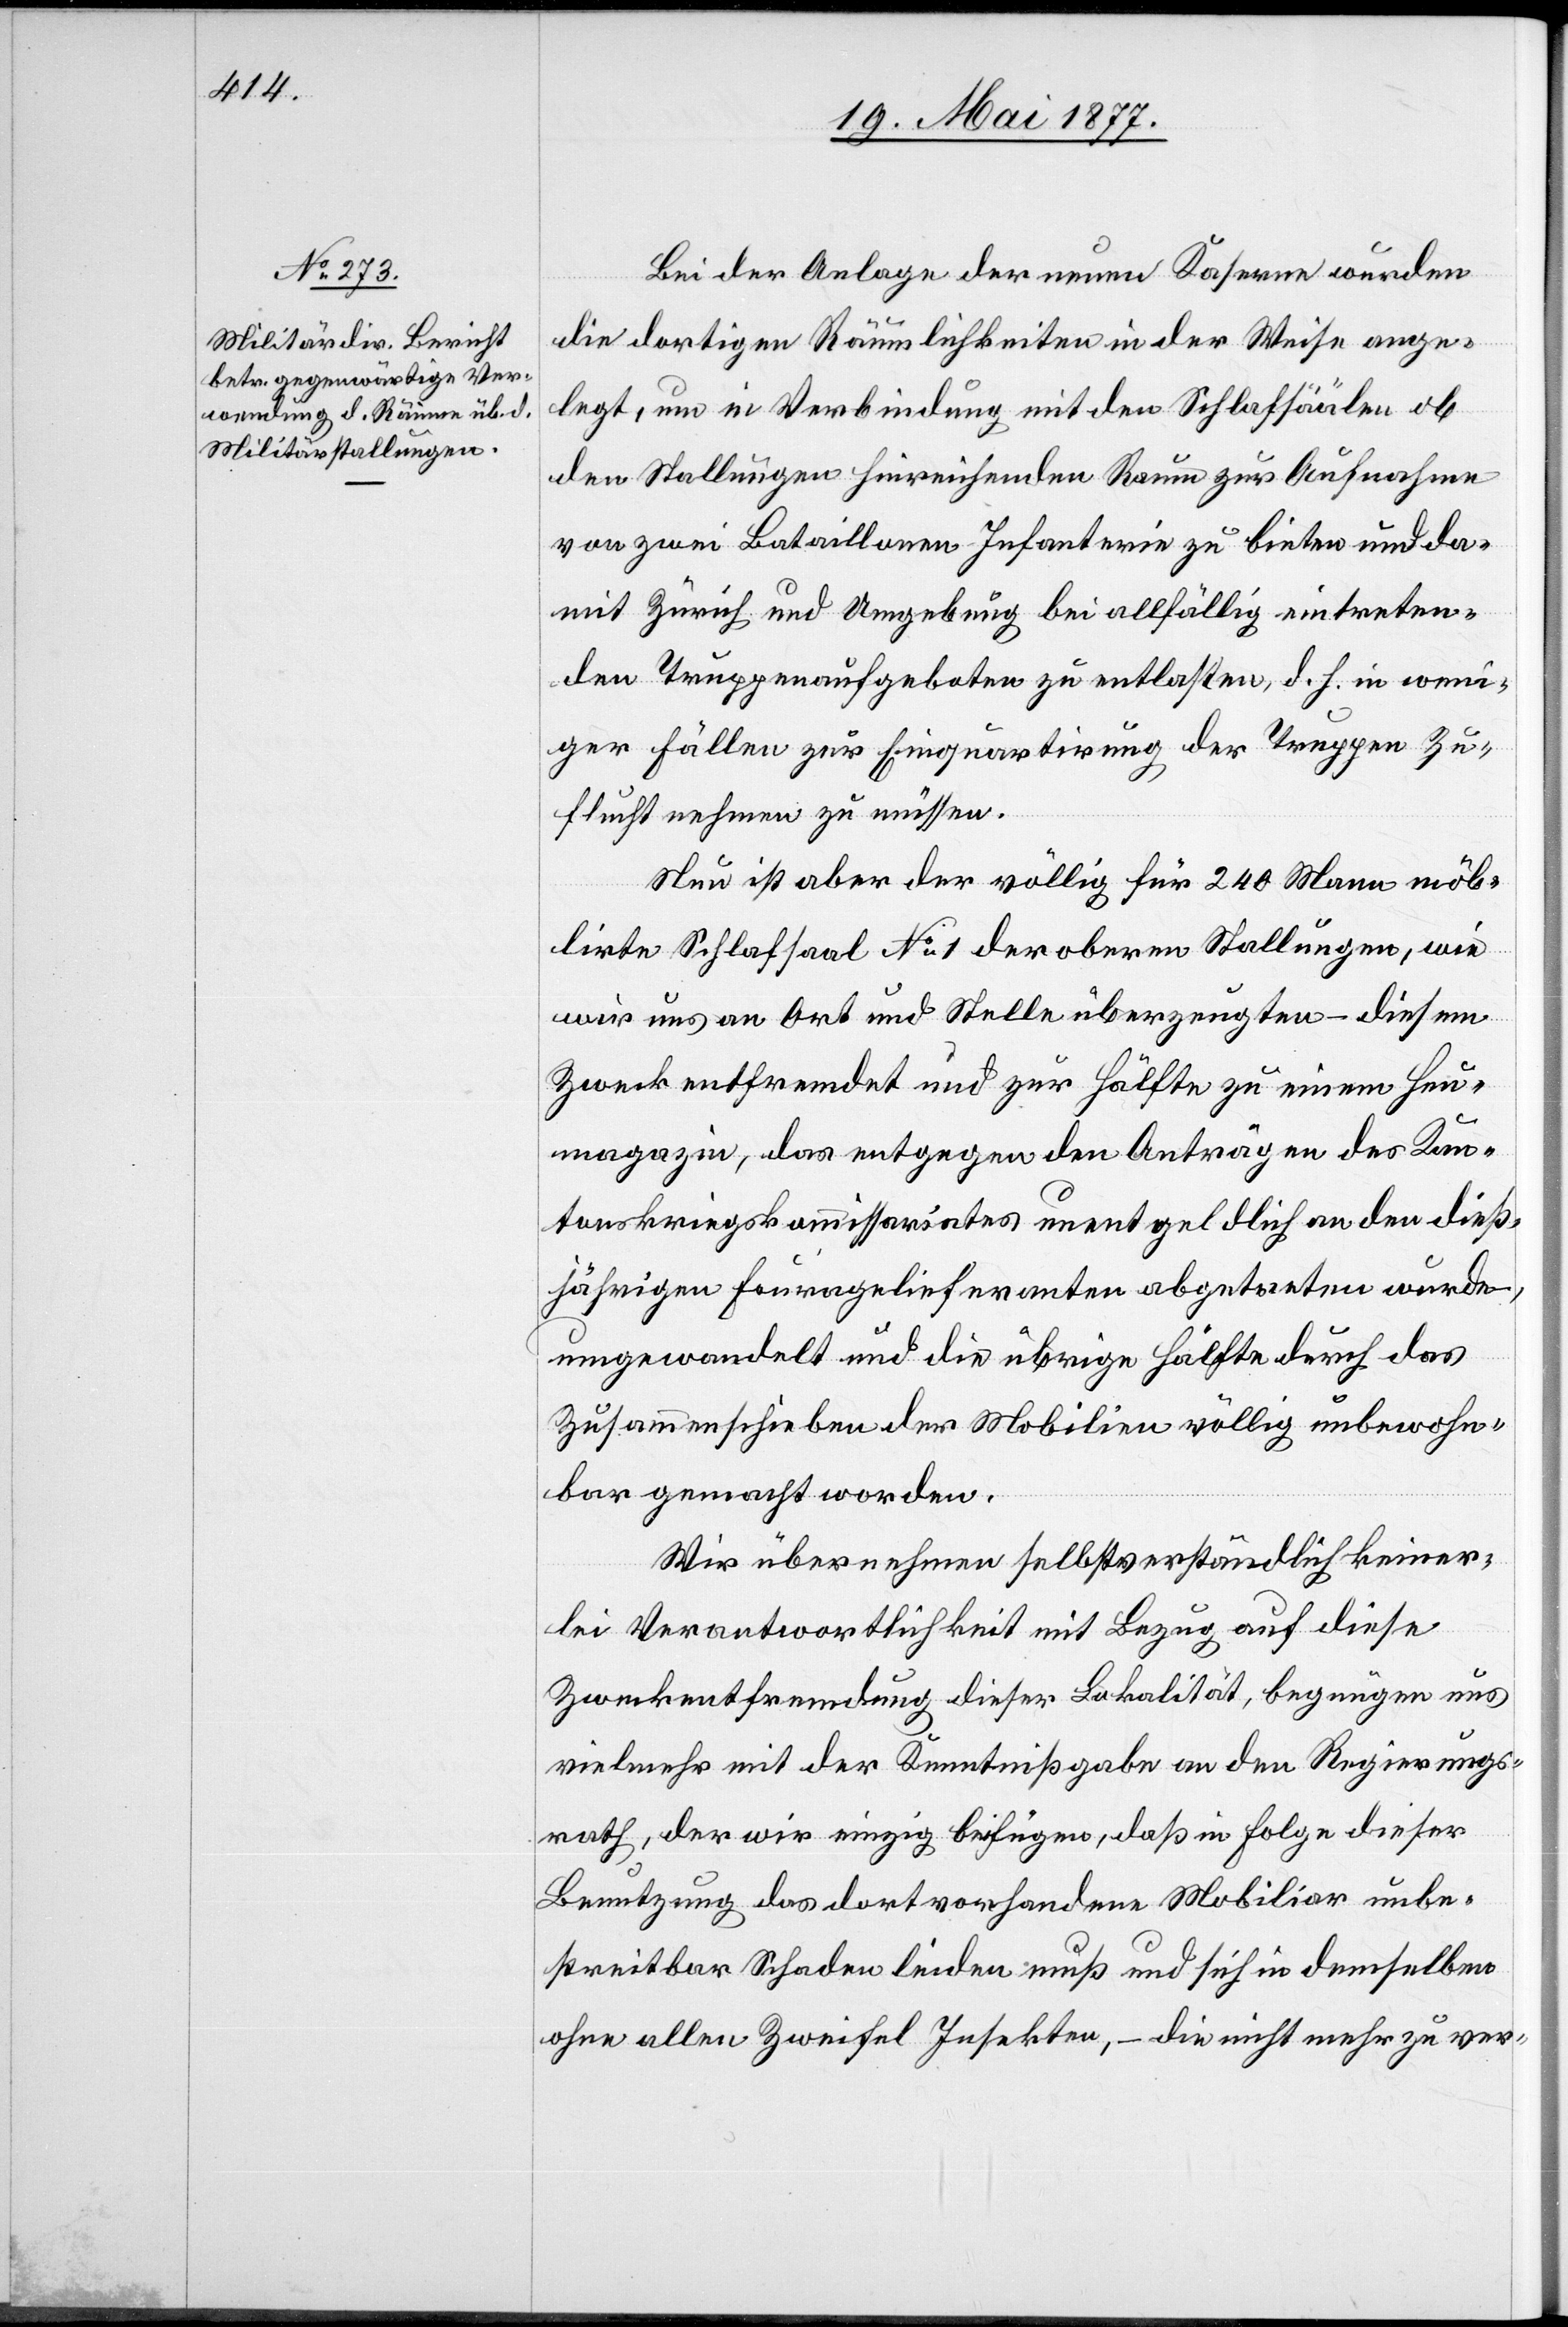
Bei der Anlage der neuen Kaserne wurden
die dortigen Räumlichkeiten in der Weise ange¬
legt, um in Verbindung mit den Schlafsäälen ob
den Stallungen hinreichenden Raum zur Aufnahme
von zwei Bataillonen Infanterie zu bieten und da¬
mit Zürich und Umgebung bei allfällig eintreten¬
den Truppenaufgeboten zu entlasten, d. h. in weni¬
ger Fällen zur Einquartirung der Truppen Zu¬
flucht nehmen zu müssen.
Nun ist aber der völlig für 240 Mann möb¬
lirte Schlafsaal No 1 der obern Stallungen, wie
wir uns an Ort und Stelle überzeugten – diesem
Zweck entfremdet und zur Hälfte zu einem Heu¬
magazin, das entgegen den Anträgen des Kan¬
tonskriegskommissariates unentgeldlich an den dieß¬
jährigen Fouragelieferanten abgetreten worden,
umgewandelt und die übrige Hälfte durch das
Zusammenschieben der Mobilien völlig unbewohn¬
bar gemacht worden.
Wir übernehmen selbstverständlich keiner¬
lei Verantwortlichkeit mit Bezug auf diese
Zweckentfremdung dieser Lokalität, begnügen uns
vielmehr mit der Kenntnißgabe an den Regierungs¬
rath, der wir einzig beifügen, daß in Folge dieser
Benutzung das dort vorhandene Mobiliar unbe¬
streitbar Schaden leiden muß und sich in demselben
ohne alle Zweifel Insekten, – die nicht mehr zu ver-